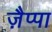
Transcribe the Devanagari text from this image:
ज़ैप्पा